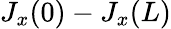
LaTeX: J_{x}(0)-J_{x}(L)